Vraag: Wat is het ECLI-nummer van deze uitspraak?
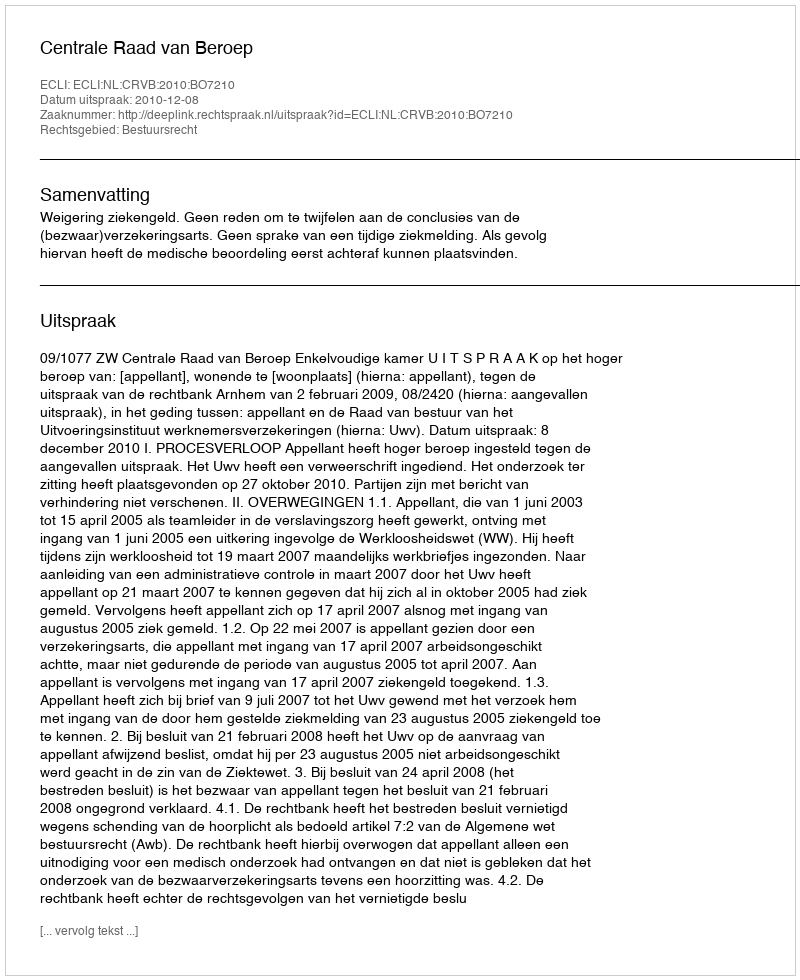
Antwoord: ECLI:NL:CRVB:2010:BO7210